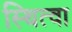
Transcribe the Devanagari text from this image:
स्थित्वा